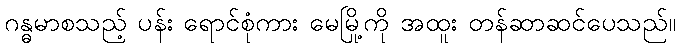
ဂန္ဓမာစသည့် ပန်း ရောင်စုံကား မေမြို့ကို အထူး တန်ဆာဆင်ပေသည်။